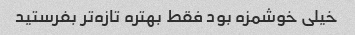
خیلی خوشمزه بود فقط بهتره تازه‌تر بفرستید